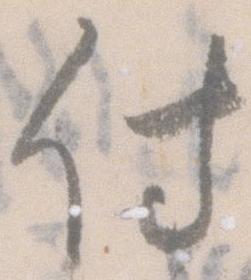
付